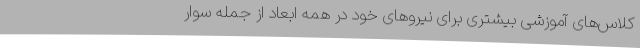
کلاس‌های آموزشی بیشتری برای نیروهای خود در همه ابعاد از جمله سوار